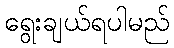
ရွေးချယ်ရပါမည်